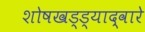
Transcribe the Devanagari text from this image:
शोषखड्ड्याद्वारे